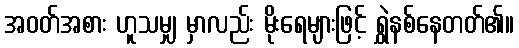
အဝတ်အစား ဟူသမျှ မှာလည်း မိုးရေများဖြင့် ရွှဲနစ်နေတတ်၏။